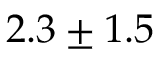
2 . 3 \pm 1 . 5